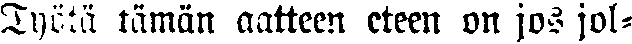
Työtä tämän aatteen eteen on jos jol-